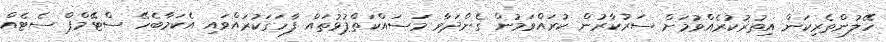
ހޭލުންތެރިކަން އިތުރުކުރެއްވުމަށް ސަރުކާރުން ކުރައްވަމުން ގެންދަވާ މަސައްކަތްޕުޅުތައް ފާހަގަކުރައްވައި އެކަމާބެހޭ ސްޓޭމްޕް ސެޓެއް